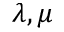
\lambda , \mu